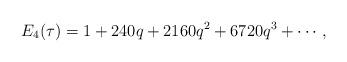
LaTeX: \begin{align*}E_4(\tau)=1+240q+2160q^2+6720q^3+\cdots,\end{align*}